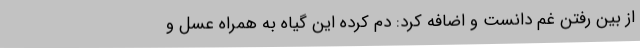
از بین رفتن غم دانست و اضافه کرد: دم کرده این گیاه به همراه عسل و